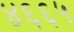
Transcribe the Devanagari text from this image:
४६६५